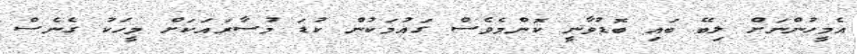
އެމީހުންނަށް ލިބޭ ބައި ބޮޑުވާނީ ކޮންމެވެސް ގައުމަކުން ކުޑަ މުސާރައަކަށް މީހަކު ގެނެސް